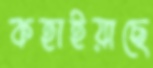
কহাইয়াছে